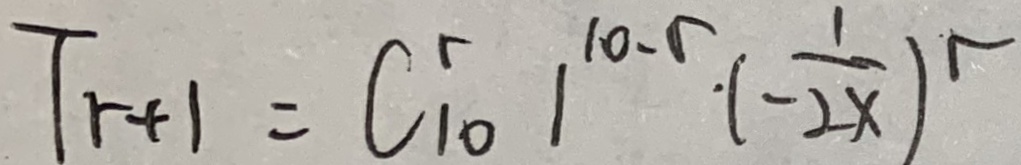
T _ { r + 1 } = C _ { 1 0 } ^ { r } 1 ^ { 1 0 - r } \cdot ( - \frac { 1 } { 2 x } ) ^ { r }